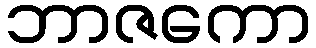
ဘာဇကော